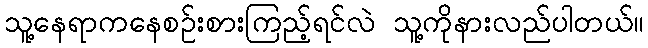
သူ့နေရာကနေစဉ်းစားကြည့်ရင်လဲ သူ့ကိုနားလည်ပါတယ်။